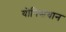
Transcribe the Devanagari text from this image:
योनिसंधान